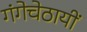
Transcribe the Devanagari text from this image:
गंगेचेठायीं